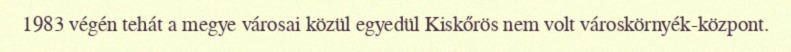
1983 végén tehát a megye városai közül egyedül Kiskőrös nem volt városkörnyék-központ.